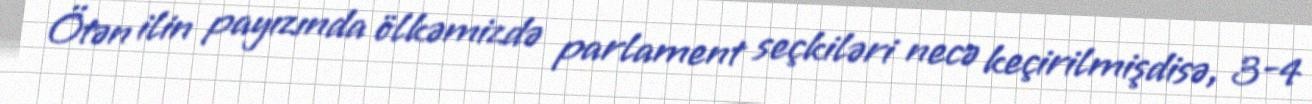
Ötən ilin payızında ölkəmizdə parlament seçkiləri necə keçirilmişdisə, 3-4